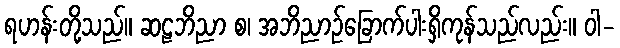
ရဟန်းတို့သည်။ ဆဠဘိညာ စ၊ အဘိညာဉ်ခြောက်ပါးရှိကုန်သည်လည်း။ ဝါ-